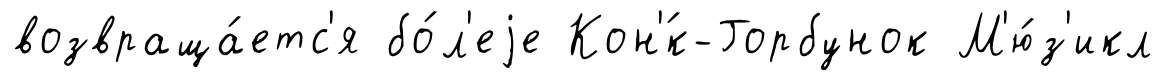
возвраща́етс'я бо́л'еjе Кон'́к-Горбунок М'ю́з'икл